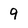
Character: 9